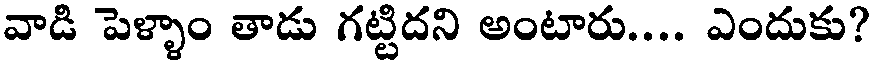
వాడి పెళ్ళాం తాడు గట్టిదని అంటారు.... ఎందుకు?